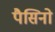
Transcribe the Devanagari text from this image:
पैसिनो